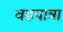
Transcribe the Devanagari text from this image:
वडपात्रा